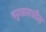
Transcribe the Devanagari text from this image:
पट्ट्यामधील